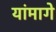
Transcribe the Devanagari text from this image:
यांमागे